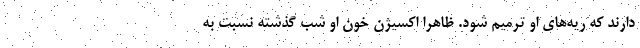
دارند که ریه‌های او ترمیم شود. ظاهرا اکسیژن خون او شب گذشته نسبت به